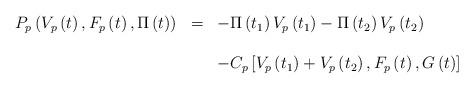
LaTeX: \begin{align*}\begin{array}{rcl}P_{p}\left(V_{p}\left(t\right),F_{p}\left(t\right),\Pi\left(t\right)\right) & = & -\Pi\left(t_{1}\right)V_{p}\left(t_{1}\right)-\Pi\left(t_{2}\right)V_{p}\left(t_{2}\right)\\\\ & & -C_{p}\left[V_{p}\left(t_{1}\right)+V_{p}\left(t_{2}\right),F_{p}\left(t\right),G\left(t\right)\right]\end{array}\end{align*}